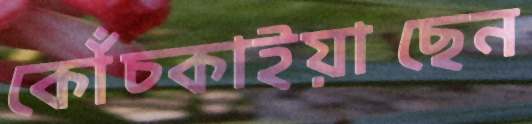
কোঁচ্‌কাইয়াছেন